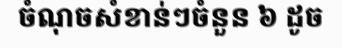
ចំណុចសំខាន់ៗចំនួន ៦ ដូច